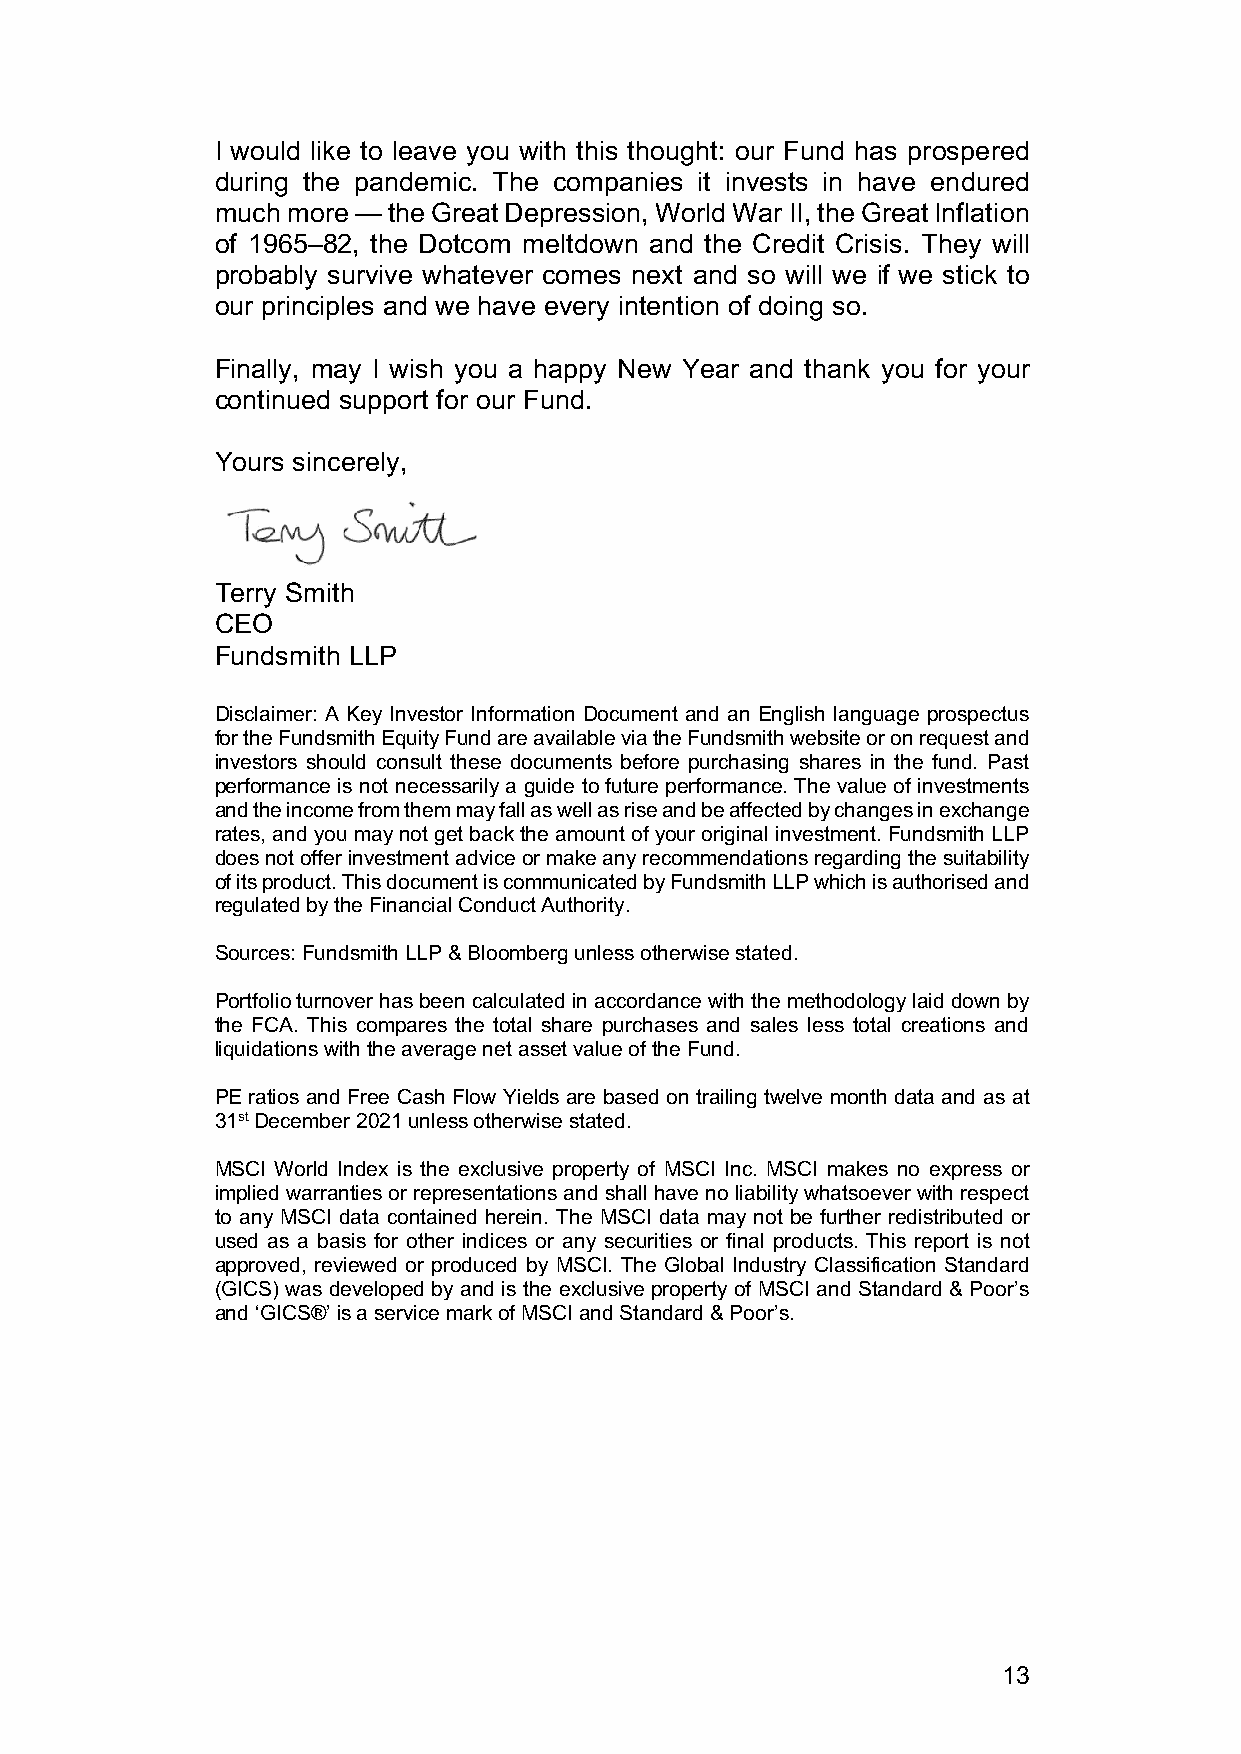
I would like to leave you with this thought: our Fund has prospered
 during the pandemic. The companies it invests in have endured
 much more — the Great Depression, World War II, the Great Inflation
 of 1965–82, the Dotcom meltdown and the Credit Crisis. They will
 probably survive whatever comes next and so will we if we stick to
 our principles and we have every intention of doing so.
 Finally, may I wish you a happy New Year and thank you for your
 continued support for our Fund.
 Yours sincerely,
 Terry Smith
 CEO
 Fundsmith LLP
 Disclaimer: A Key Investor Information Document and an English language prospectus
 for the Fundsmith Equity Fund are available via the Fundsmith website or on request and
 investors should consult these documents before purchasing shares in the fund. Past
 performance is not necessarily a guide to future performance. The value of investments
 and the income from them may fall as well as rise and be affected by changes in exchange
 rates, and you may not get back the amount of your original investment. Fundsmith LLP
 does not offer investment advice or make any recommendations regarding the suitability
 of its product. This document is communicated by Fundsmith LLP which is authorised and
 regulated by the Financial Conduct Authority.
 Sources: Fundsmith LLP & Bloomberg unless otherwise stated.
 Portfolio turnover has been calculated in accordance with the methodology laid down by
 the FCA. This compares the total share purchases and sales less total creations and
 liquidations with the average net asset value of the Fund.
 PE ratios and Free Cash Flow Yields are based on trailing twelve month data and as at
 31st December 2021 unless otherwise stated.
 MSCI World Index is the exclusive property of MSCI Inc. MSCI makes no express or
 implied warranties or representations and shall have no liability whatsoever with respect
 to any MSCI data contained herein. The MSCI data may not be further redistributed or
 used as a basis for other indices or any securities or final products. This report is not
 approved, reviewed or produced by MSCI. The Global Industry Classification Standard
 (GICS) was developed by and is the exclusive property of MSCI and Standard & Poor’s
 and ‘GICS®’ is a service mark of MSCI and Standard & Poor’s.
 13